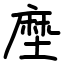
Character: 塺